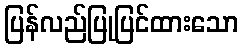
ပြန်လည်ပြုပြင်ထားသော